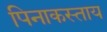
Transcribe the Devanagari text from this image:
पिनाकस्ताय